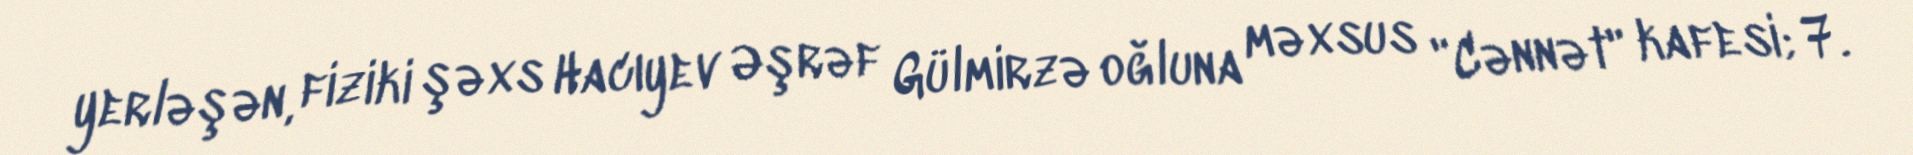
yerləşən, fiziki şəxs Hacıyev Əşrəf Gülmirzə oğluna məxsus "Cənnət" kafesi; 7.